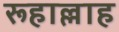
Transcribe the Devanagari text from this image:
रूहाल्लाह